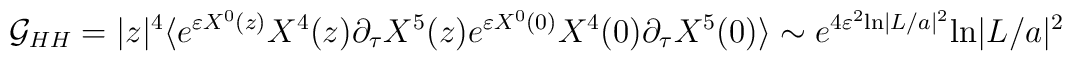
{\cal G}_{HH} = |z|^4\langle e^{\varepsilon X^0 (z)}X^4(z)\partial_\tau X^5(z)e^{\varepsilon X^0 (0)}X^4(0)\partial_\tau X^5 (0)\rangle \sim e^{4\varepsilon^2 {\rm ln}|L/a|^2} {\rm ln}|L/a|^2